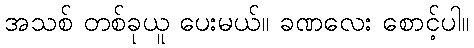
အသစ် တစ်ခုယူ ပေးမယ်။ ခဏလေး စောင့်ပါ။